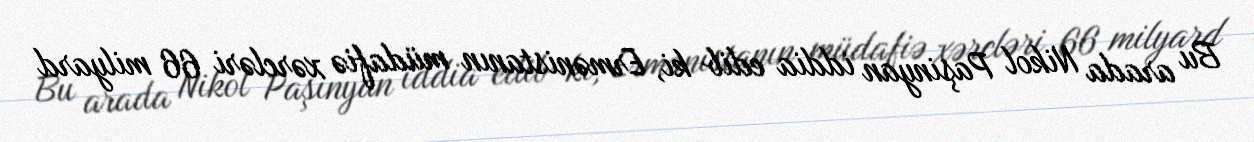
Bu arada Nikol Paşinyan iddia edib ki, Ermənistanın müdafiə xərcləri 66 milyard